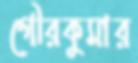
গৌরকুমার